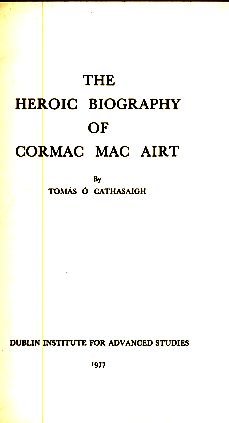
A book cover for The Heroic Biography of Cormac Mac Airt (Irish literature - studies); Tomas O Cathasaigh; Biographies & Memoirs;